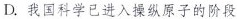
D.我国科学已进入操纵原子的阶段